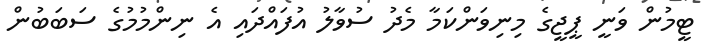
ޓީމުން ވަނީ ޕީޖީގެ މިނިވަންކަމާ މެދު ސުވާލު އުފައްދައި އެ ނިންމުމުގެ ސަބަބުން